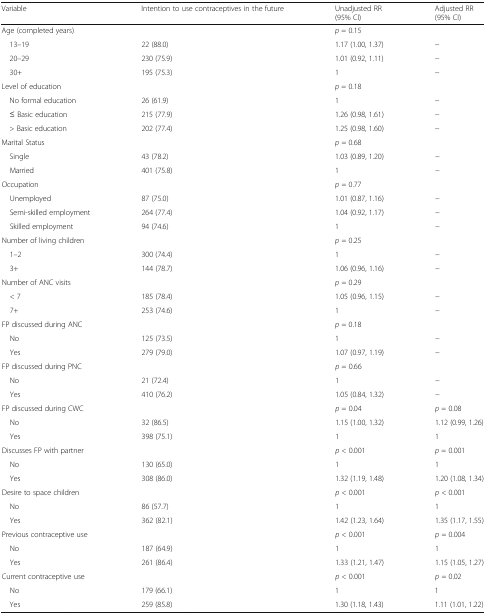
<table><thead><tr><td><b>Variable</b></td><td><b>Intention to use contraceptives in the future</b></td><td><b>Unadjusted RR (95% CI)</b></td><td><b>Adjusted RR (95% CI)</b></td></tr></thead><tbody><tr><td>Age (completed years)</td><td></td><td><i>p</i> = 0.15</td><td></td></tr><tr><td> 13–19</td><td>22 (88.0)</td><td>1.17 (1.00, 1.37)</td><td>−</td></tr><tr><td> 20–29</td><td>230 (75.9)</td><td>1.01 (0.92, 1.11)</td><td>−</td></tr><tr><td> 30+</td><td>195 (75.3)</td><td>1</td><td>−</td></tr><tr><td>Level of education</td><td></td><td><i>p</i> = 0.18</td><td></td></tr><tr><td> No formal education</td><td>26 (61.9)</td><td>1</td><td>−</td></tr><tr><td> ≤ Basic education</td><td>215 (77.9)</td><td>1.26 (0.98, 1.61)</td><td>−</td></tr><tr><td> &gt; Basic education</td><td>202 (77.4)</td><td>1.25 (0.98, 1.60)</td><td>−</td></tr><tr><td>Marital Status</td><td></td><td><i>p</i> = 0.68</td><td></td></tr><tr><td> Single</td><td>43 (78.2)</td><td>1.03 (0.89, 1.20)</td><td>−</td></tr><tr><td> Married</td><td>401 (75.8)</td><td>1</td><td>−</td></tr><tr><td>Occupation</td><td></td><td><i>p</i> = 0.77</td><td></td></tr><tr><td> Unemployed</td><td>87 (75.0)</td><td>1.01 (0.87, 1.16)</td><td>−</td></tr><tr><td> Semi-skilled employment</td><td>264 (77.4)</td><td>1.04 (0.92, 1.17)</td><td>−</td></tr><tr><td> Skilled employment</td><td>94 (74.6)</td><td>1</td><td>−</td></tr><tr><td>Number of living children</td><td></td><td><i>p</i> = 0.25</td><td></td></tr><tr><td> 1–2</td><td>300 (74.4)</td><td>1</td><td>−</td></tr><tr><td> 3+</td><td>144 (78.7)</td><td>1.06 (0.96, 1.16)</td><td>−</td></tr><tr><td>Number of ANC visits</td><td></td><td><i>p</i> = 0.29</td><td></td></tr><tr><td> &lt; 7</td><td>185 (78.4)</td><td>1.05 (0.96, 1.15)</td><td>−</td></tr><tr><td> 7+</td><td>253 (74.6)</td><td>1</td><td>−</td></tr><tr><td>FP discussed during ANC</td><td></td><td><i>p</i> = 0.18</td><td></td></tr><tr><td> No</td><td>125 (73.5)</td><td>1</td><td>−</td></tr><tr><td> Yes</td><td>279 (79.0)</td><td>1.07 (0.97, 1.19)</td><td>−</td></tr><tr><td>FP discussed during PNC</td><td></td><td><i>p</i> = 0.66</td><td></td></tr><tr><td> No</td><td>21 (72.4)</td><td>1</td><td>−</td></tr><tr><td> Yes</td><td>410 (76.2)</td><td>1.05 (0.84, 1.32)</td><td>−</td></tr><tr><td>FP discussed during CWC</td><td></td><td><i>p</i> = 0.04</td><td><i>p</i> = 0.08</td></tr><tr><td> No</td><td>32 (86.5)</td><td>1.15 (1.00, 1.32)</td><td>1.12 (0.99, 1.26)</td></tr><tr><td> Yes</td><td>398 (75.1)</td><td>1</td><td>1</td></tr><tr><td>Discusses FP with partner</td><td></td><td><i>p</i> &lt; 0.001</td><td><i>p</i> = 0.001</td></tr><tr><td> No</td><td>130 (65.0)</td><td>1</td><td>1</td></tr><tr><td> Yes</td><td>308 (86.0)</td><td>1.32 (1.19, 1.48)</td><td>1.20 (1.08, 1.34)</td></tr><tr><td>Desire to space children</td><td></td><td><i>p</i> &lt; 0.001</td><td><i>p</i> &lt; 0.001</td></tr><tr><td> No</td><td>86 (57.7)</td><td>1</td><td>1</td></tr><tr><td> Yes</td><td>362 (82.1)</td><td>1.42 (1.23, 1.64)</td><td>1.35 (1.17, 1.55)</td></tr><tr><td>Previous contraceptive use</td><td></td><td><i>p</i> &lt; 0.001</td><td><i>p</i> = 0.004</td></tr><tr><td> No</td><td>187 (64.9)</td><td>1</td><td>1</td></tr><tr><td> Yes</td><td>261 (86.4)</td><td>1.33 (1.21, 1.47)</td><td>1.15 (1.05, 1.27)</td></tr><tr><td>Current contraceptive use</td><td></td><td><i>p</i> &lt; 0.001</td><td><i>p</i> = 0.02</td></tr><tr><td> No</td><td>179 (66.1)</td><td>1</td><td>1</td></tr><tr><td> Yes</td><td>259 (85.8)</td><td>1.30 (1.18, 1.43)</td><td>1.11 (1.01, 1.22)</td></tr></tbody></table>